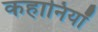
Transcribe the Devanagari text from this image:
कहानियॉं